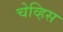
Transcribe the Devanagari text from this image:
चेव्हिस